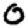
Digit: 0